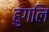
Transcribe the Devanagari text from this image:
हुगलि